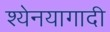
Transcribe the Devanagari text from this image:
श्येनयागादी